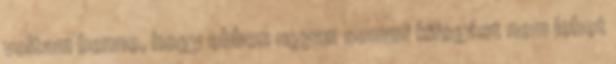
voltam benne, hogy ebben ugyan semmi kifogást nem lehet